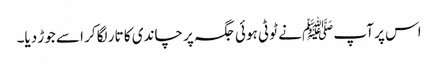
اس پر آپ ﷺ نے ٹوٹی ہوئی جگہ پر چاندی کا تار لگا کر اسے جوڑ دیا۔